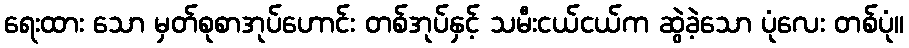
ရေးထား သော မှတ်စုစာအုပ်ဟောင်း တစ်အုပ်နှင့် သမီးငယ်ငယ်က ဆွဲခဲ့သော ပုံလေး တစ်ပုံ။